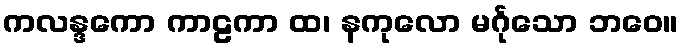
ကလန္ဒကော ကာဠကာ ထ၊ နကုလော မင်္ဂုသော ဘဝေ။